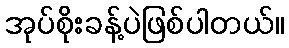
အုပ်စိုးခန့်ပဲဖြစ်ပါတယ်။